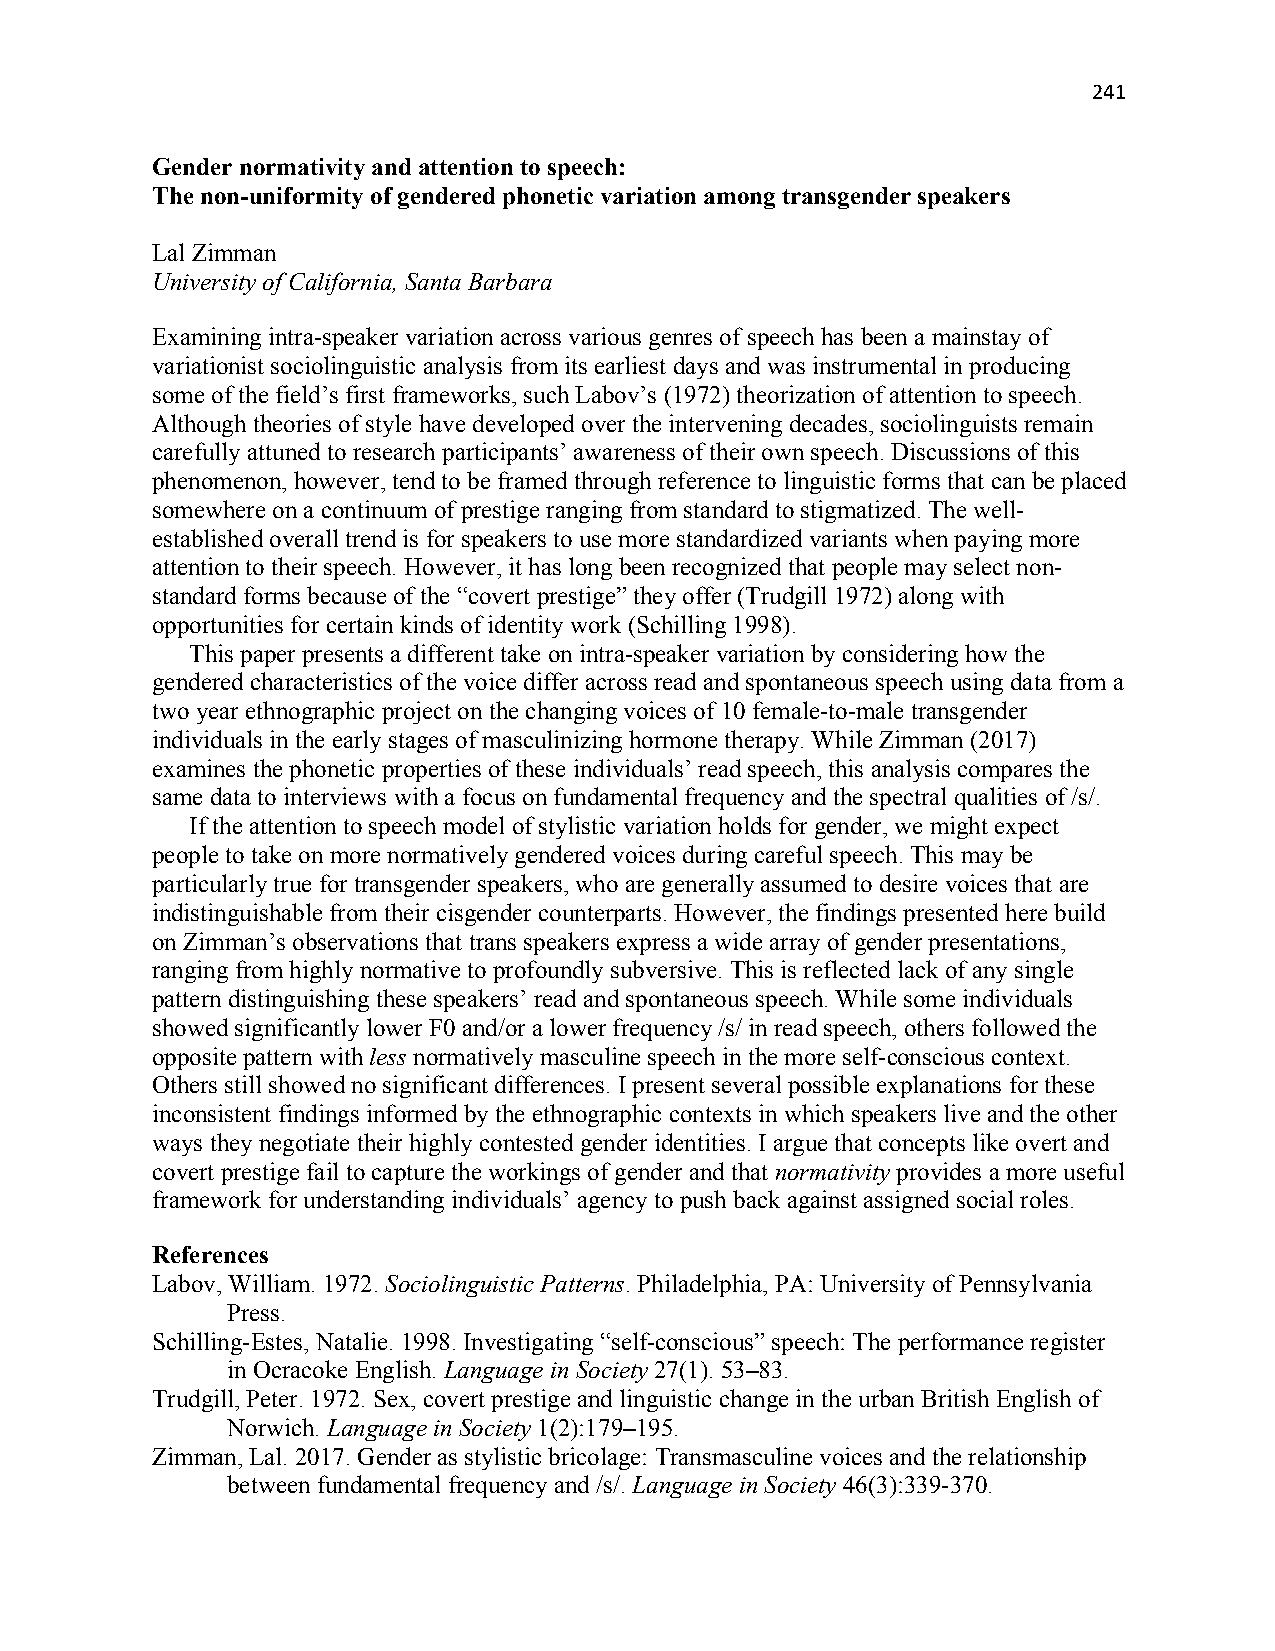
241
 Gender normativity and attention to speech:
 The non-uniformity of gendered phonetic variation among transgender speakers
 Lal Zimman
 University of California, Santa Barbara
 Examining intra-speaker variation across various genres of speech has been a mainstay of
 variationist sociolinguistic analysis from its earliest days and was instrumental in producing
 some of the field’s first frameworks, such Labov’s (1972) theorization of attention to speech.
 Although theories of style have developed over the intervening decades, sociolinguists remain
 carefully attuned to research participants’ awareness of their own speech. Discussions of this
 phenomenon, however, tend to be framed through reference to linguistic forms that can be placed
 somewhere on a continuum of prestige ranging from standard to stigmatized. The well-
 established overall trend is for speakers to use more standardized variants when paying more
 attention to their speech. However, it has long been recognized that people may select non-
 standard forms because of the “covert prestige” they offer (Trudgill 1972) along with
 opportunities for certain kinds of identity work (Schilling 1998).
 This paper presents a different take on intra-speaker variation by considering how the
 gendered characteristics of the voice differ across read and spontaneous speech using data from a
 two year ethnographic project on the changing voices of 10 female-to-male transgender
 individuals in the early stages of masculinizing hormone therapy. While Zimman (2017)
 examines the phonetic properties of these individuals’ read speech, this analysis compares the
 same data to interviews with a focus on fundamental frequency and the spectral qualities of /s/.
 If the attention to speech model of stylistic variation holds for gender, we might expect
 people to take on more normatively gendered voices during careful speech. This may be
 particularly true for transgender speakers, who are generally assumed to desire voices that are
 indistinguishable from their cisgender counterparts. However, the findings presented here build
 on Zimman’s observations that trans speakers express a wide array of gender presentations,
 ranging from highly normative to profoundly subversive. This is reflected lack of any single
 pattern distinguishing these speakers’ read and spontaneous speech. While some individuals
 showed significantly lower F0 and/or a lower frequency /s/ in read speech, others followed the
 opposite pattern with less normatively masculine speech in the more self-conscious context.
 Others still showed no significant differences. I present several possible explanations for these
 inconsistent findings informed by the ethnographic contexts in which speakers live and the other
 ways they negotiate their highly contested gender identities. I argue that concepts like overt and
 covert prestige fail to capture the workings of gender and that normativity provides a more useful
 framework for understanding individuals’ agency to push back against assigned social roles.
 References
 Labov, William. 1972. Sociolinguistic Patterns. Philadelphia, PA: University of Pennsylvania
 Press.
 Schilling-Estes, Natalie. 1998. Investigating “self-conscious” speech: The performance register
 in Ocracoke English. Language in Society 27(1). 53–83.
 Trudgill, Peter. 1972. Sex, covert prestige and linguistic change in the urban British English of
 Norwich. Language in Society 1(2):179–195.
 Zimman, Lal. 2017. Gender as stylistic bricolage: Transmasculine voices and the relationship
 between fundamental frequency and /s/. Language in Society 46(3):339-370.